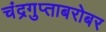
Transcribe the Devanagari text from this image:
चंद्रगुप्ताबरोबर